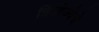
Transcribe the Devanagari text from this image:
त्रिओज्येचे